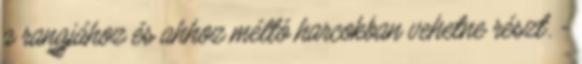
a rangjához és ahhoz méltó harcokban vehetne részt. -